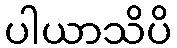
ပါယာသိပိ